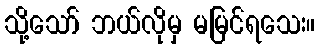
သို့သော် ဘယ်လိုမှ မမြင်ရသေး။